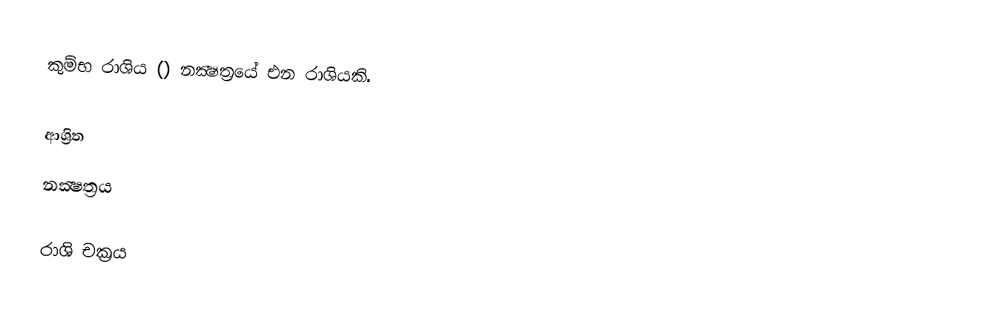
කුම්භ රාශිය () නක්‍ෂත්‍රයේ එන රාශියකි.

ආශ්‍රිත
 නක්‍ෂත්‍රය

රාශි චක්‍රය